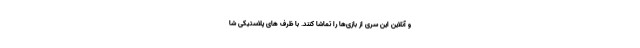
و آنلاین این سری از بازی‌ها را تماشا کنند. با ظرف های پلاستیکی شا